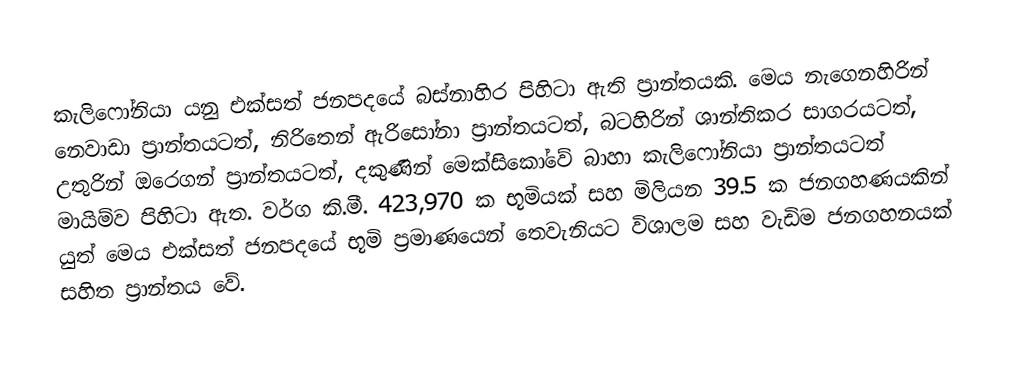
කැලිෆෝනියා යනු එක්සත් ජනපදයේ බස්නාහිර පිහිටා ඇති ප්‍රාන්තයකි. මෙය නැගෙනහිරින් නෙවාඩා ප්‍රාන්තයටත්, නිරිතෙන් ඇරිසෝනා ප්‍රාන්තයටත්, බටහිරින් ශාන්තිකර සාගරයටත්, උතුරින් ඔරෙගන් ප්‍රාන්තයටත්, දකුණින් මෙක්සිකෝවේ බාහා කැලිෆෝනියා ප්‍රාන්තයටත් මායිම්ව පිහිටා ඇත. වර්ග කි.මී. 423,970 ක භූමියක් සහ මිලියන 39.5 ක ජනගහණයකින් යුත් මෙය එක්සත් ජනපදයේ භූමි ප්‍රමාණයෙන් තෙවැනියට විශාලම සහ වැඩිම ජනගහනයක් සහිත ප්‍රාන්තය වේ.